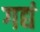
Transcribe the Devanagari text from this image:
गद्यं